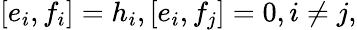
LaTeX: [e_{i},f_{i}]=h_{i},[e_{i},f_{j}]=0,i\neq j,